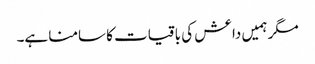
مگر ہمیں داعش کی باقیات کا سامنا ہے۔